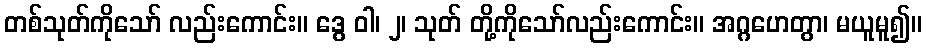
တစ်သုတ်ကိုသော် လည်းကောင်း။ ဒွေ ဝါ၊ ၂၊ သုတ် တို့ကိုသော်လည်းကောင်း။ အဂ္ဂဟေတွာ၊ မယူမူ၍။